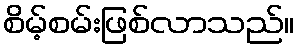
စိမ့်စမ်းဖြစ်လာသည်။